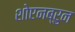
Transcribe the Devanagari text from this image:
शोएनब्रुन